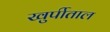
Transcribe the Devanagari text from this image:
खुर्पीताल